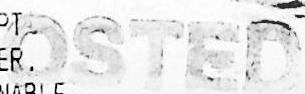
POSTED